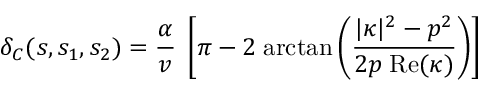
\delta _ { C } ( s , s _ { 1 } , s _ { 2 } ) = { \frac { \alpha } { v } } \; \left[ \pi - 2 \; \mathrm { a r c t a n } \left( { \frac { \vert \kappa \vert ^ { 2 } - p ^ { 2 } } { 2 p \; \mathrm { R e } ( \kappa ) } } \right) \right]